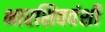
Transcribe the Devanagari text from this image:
भारशिववंशी